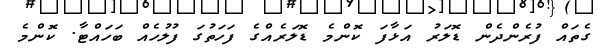
ގެތައް ފުރެންދެން ޑޮލަރު އަޅާފަ ކޮންމެ ޑޮލަރެއްގެ ފަހަތުގަ ފުލުހެއް ބަހައްޓާ. ކޮންމެ